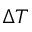
\Delta T